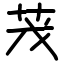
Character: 茂